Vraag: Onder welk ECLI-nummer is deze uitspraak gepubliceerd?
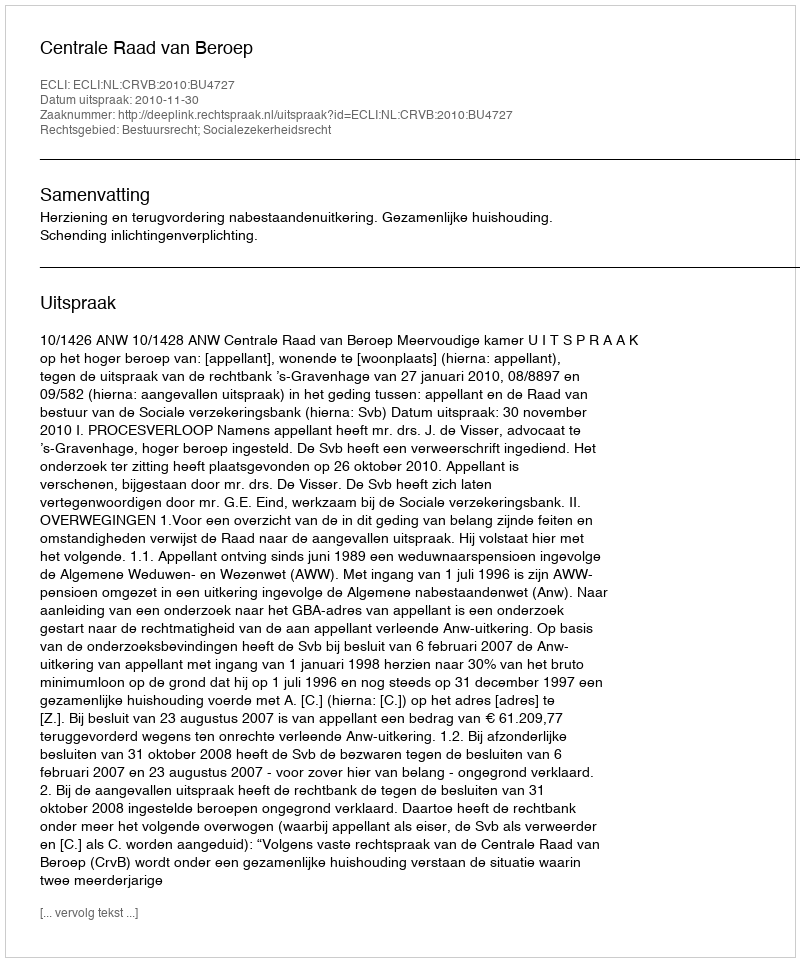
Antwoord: ECLI:NL:CRVB:2010:BU4727